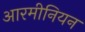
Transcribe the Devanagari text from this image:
आरमीनियन